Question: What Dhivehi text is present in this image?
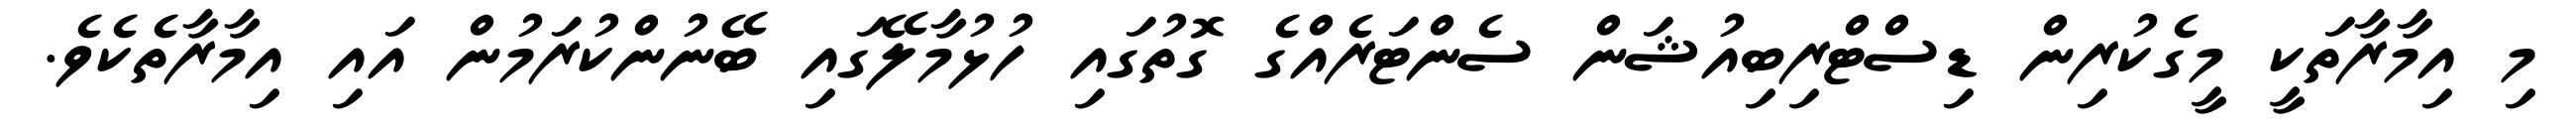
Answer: މި އިމާރާތަކީ މީގެކުރިން ޑިސްޓްރިބިއުޝަން ސެންޓަރެއްގެ ގޮތުގައި ހުޅުމާލޭގައި ބޭނުންކުރަމުން އައި އިމާރާތެކެވެ.